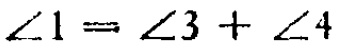
$\angle 1 = \angle 3+\angle 4$